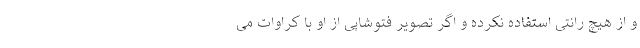
و از هیچ رانتی استفاده نکرده و اگر تصویر فتوشاپی از او با کراوات می